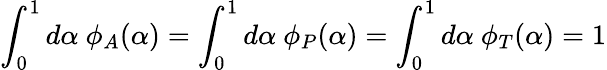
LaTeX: \int_{0}^{1}d\alpha\ \phi_{A}(\alpha)=\int_{0}^{1}d\alpha\ \phi_{P}(\alpha)=\int_{0}^{1}d\alpha\ \phi_{T}(\alpha)=1